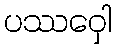
ပဿဝှေါ